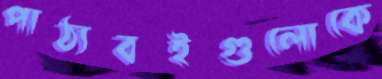
পাঠ্যবইগুলোকে